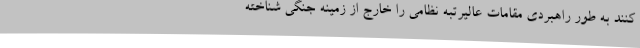
کنند به طور راهبردی مقامات عالیرتبه نظامی را خارج از زمینه جنگی شناخته